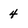
Character: 4